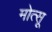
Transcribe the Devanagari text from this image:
मोत्सू